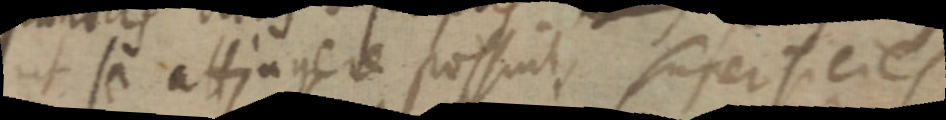
ut se attingere possint, superfiecies